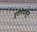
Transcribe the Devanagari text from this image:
तृतीयेपासून